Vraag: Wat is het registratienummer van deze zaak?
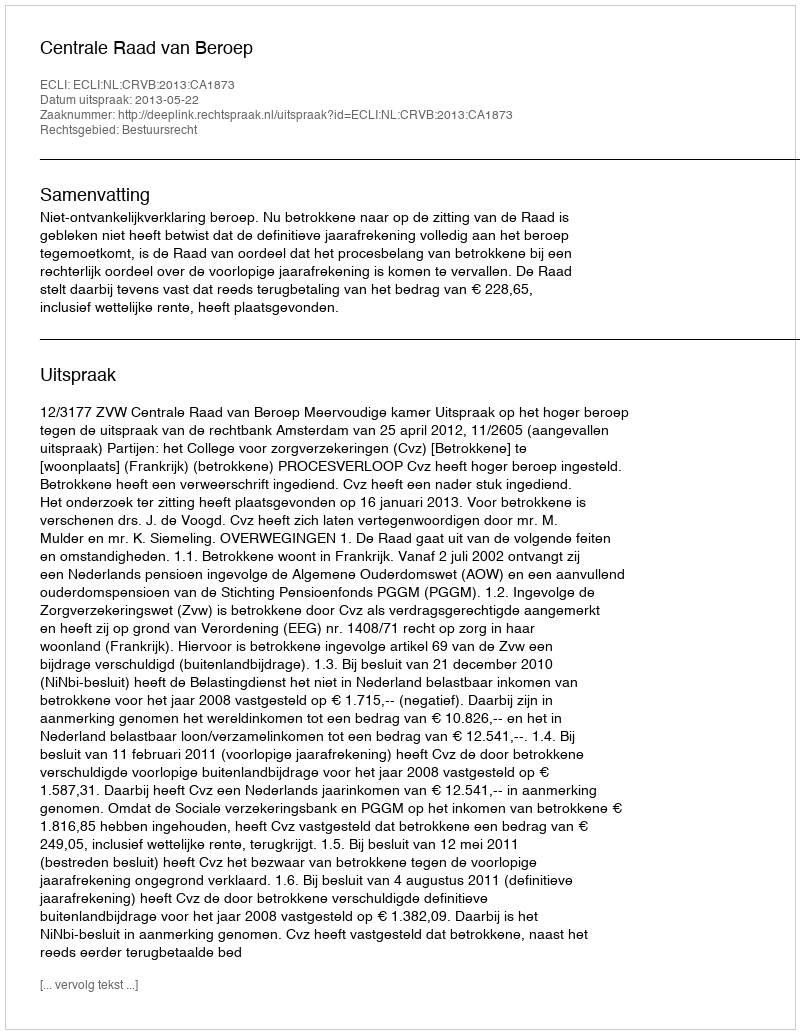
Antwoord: http://deeplink.rechtspraak.nl/uitspraak?id=ECLI:NL:CRVB:2013:CA1873